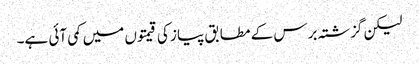
لیکن گزشتہ برس کے مطابق پیاز کی قیمتوں میں کمی آئی ہے۔